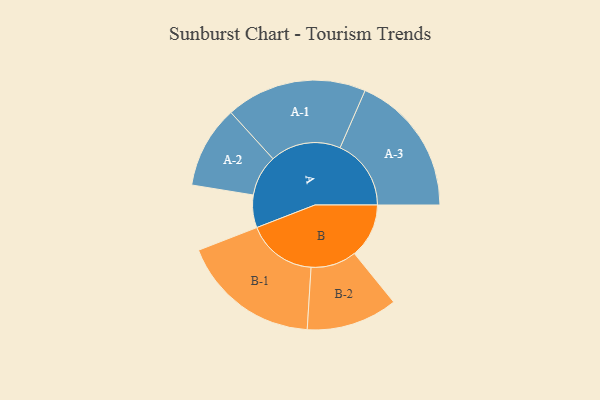
{"axis": {"x": "Segment", "y": "Value"}, "legend": ["", "A", "B"], "data": [{"x": "A", "y": 132, "type": ""}, {"x": "B", "y": 221, "type": ""}, {"x": "A-1", "y": 286, "type": "A"}, {"x": "A-2", "y": 167, "type": "A"}, {"x": "A-3", "y": 288, "type": "A"}, {"x": "B-1", "y": 283, "type": "B"}, {"x": "B-2", "y": 185, "type": "B"}]}